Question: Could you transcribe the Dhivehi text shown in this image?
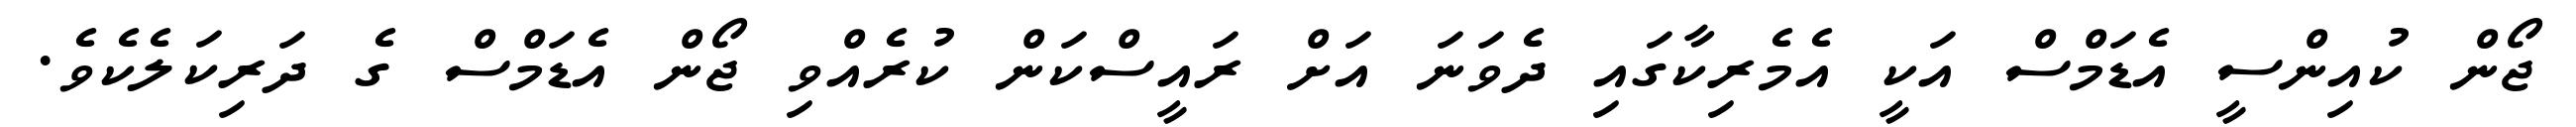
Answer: ޖޯން ކުއިންސީ އެޑަމްސް އަކީ އެމެރިކާގައި ދެވަނަ އަށް ރައީސްކަން ކުރެއްވި ޖޯން އެޑަމްސް ގެ ދަރިކަލެކެވެ.